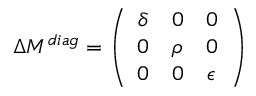
\Delta M ^ { d i a g } = \left( \begin{array} { c c c } { { \delta } } & { { 0 } } & { { 0 } } \\ { { 0 } } & { { \rho } } & { { 0 } } \\ { { 0 } } & { { 0 } } & { { \epsilon } } \end{array} \right) ~ ~ ~ ~